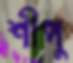
শীপু